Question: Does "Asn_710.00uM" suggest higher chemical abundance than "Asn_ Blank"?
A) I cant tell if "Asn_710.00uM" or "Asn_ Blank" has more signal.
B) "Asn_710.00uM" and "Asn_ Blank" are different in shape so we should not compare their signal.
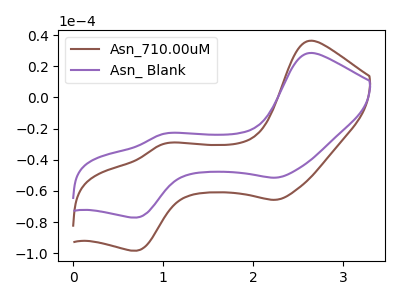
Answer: <think>The brown curve "Asn_710.00uM" has anodic peaks at (2.65V, 36.25uA) (1.00V, -29.85uA) and cathodic peaks at (2.25V, -65.65uA) (0.70V, -98.25uA). The purple curve "Asn_ Blank" has anodic peaks at (2.65V, 28.40uA) (1.00V, -23.40uA) and cathodic peaks at (2.25V, -51.45uA) (0.70V, -77.00uA).
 All the peaks in "Asn_710.00uM" have a peak in "Asn_ Blank" at the same potential.</think>
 <answer>A) I cant tell if "Asn_710.00uM" or "Asn_ Blank" has more signal.</answer>
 <eval>A</eval>